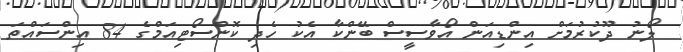
ލޯނު ދޫކުރުމަށް އިންޑިއަން އޯވާސީސް ބޭންކާ އެކު ހެދި ކޮންސޯޓިއަމްގެ 84 އިންސައްތަ